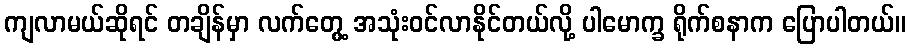
ကျလာမယ်ဆိုရင် တချိန်မှာ လက်တွေ့ အသုံးဝင်လာနိုင်တယ်လို့ ပါမောက္ခ ရိုက်စနာက ပြောပါတယ်။